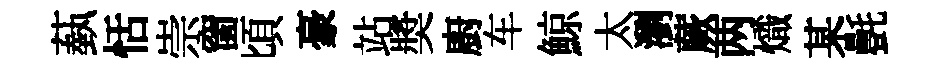
蓺恬崇窗頃豪站奬廚车鯨太瀏蕨两熾某㲲